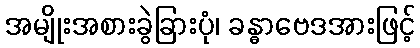
အမျိုးအစားခွဲခြားပုံ၊ ခန္ဓာဗေဒအားဖြင့်